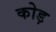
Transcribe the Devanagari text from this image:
कोड़